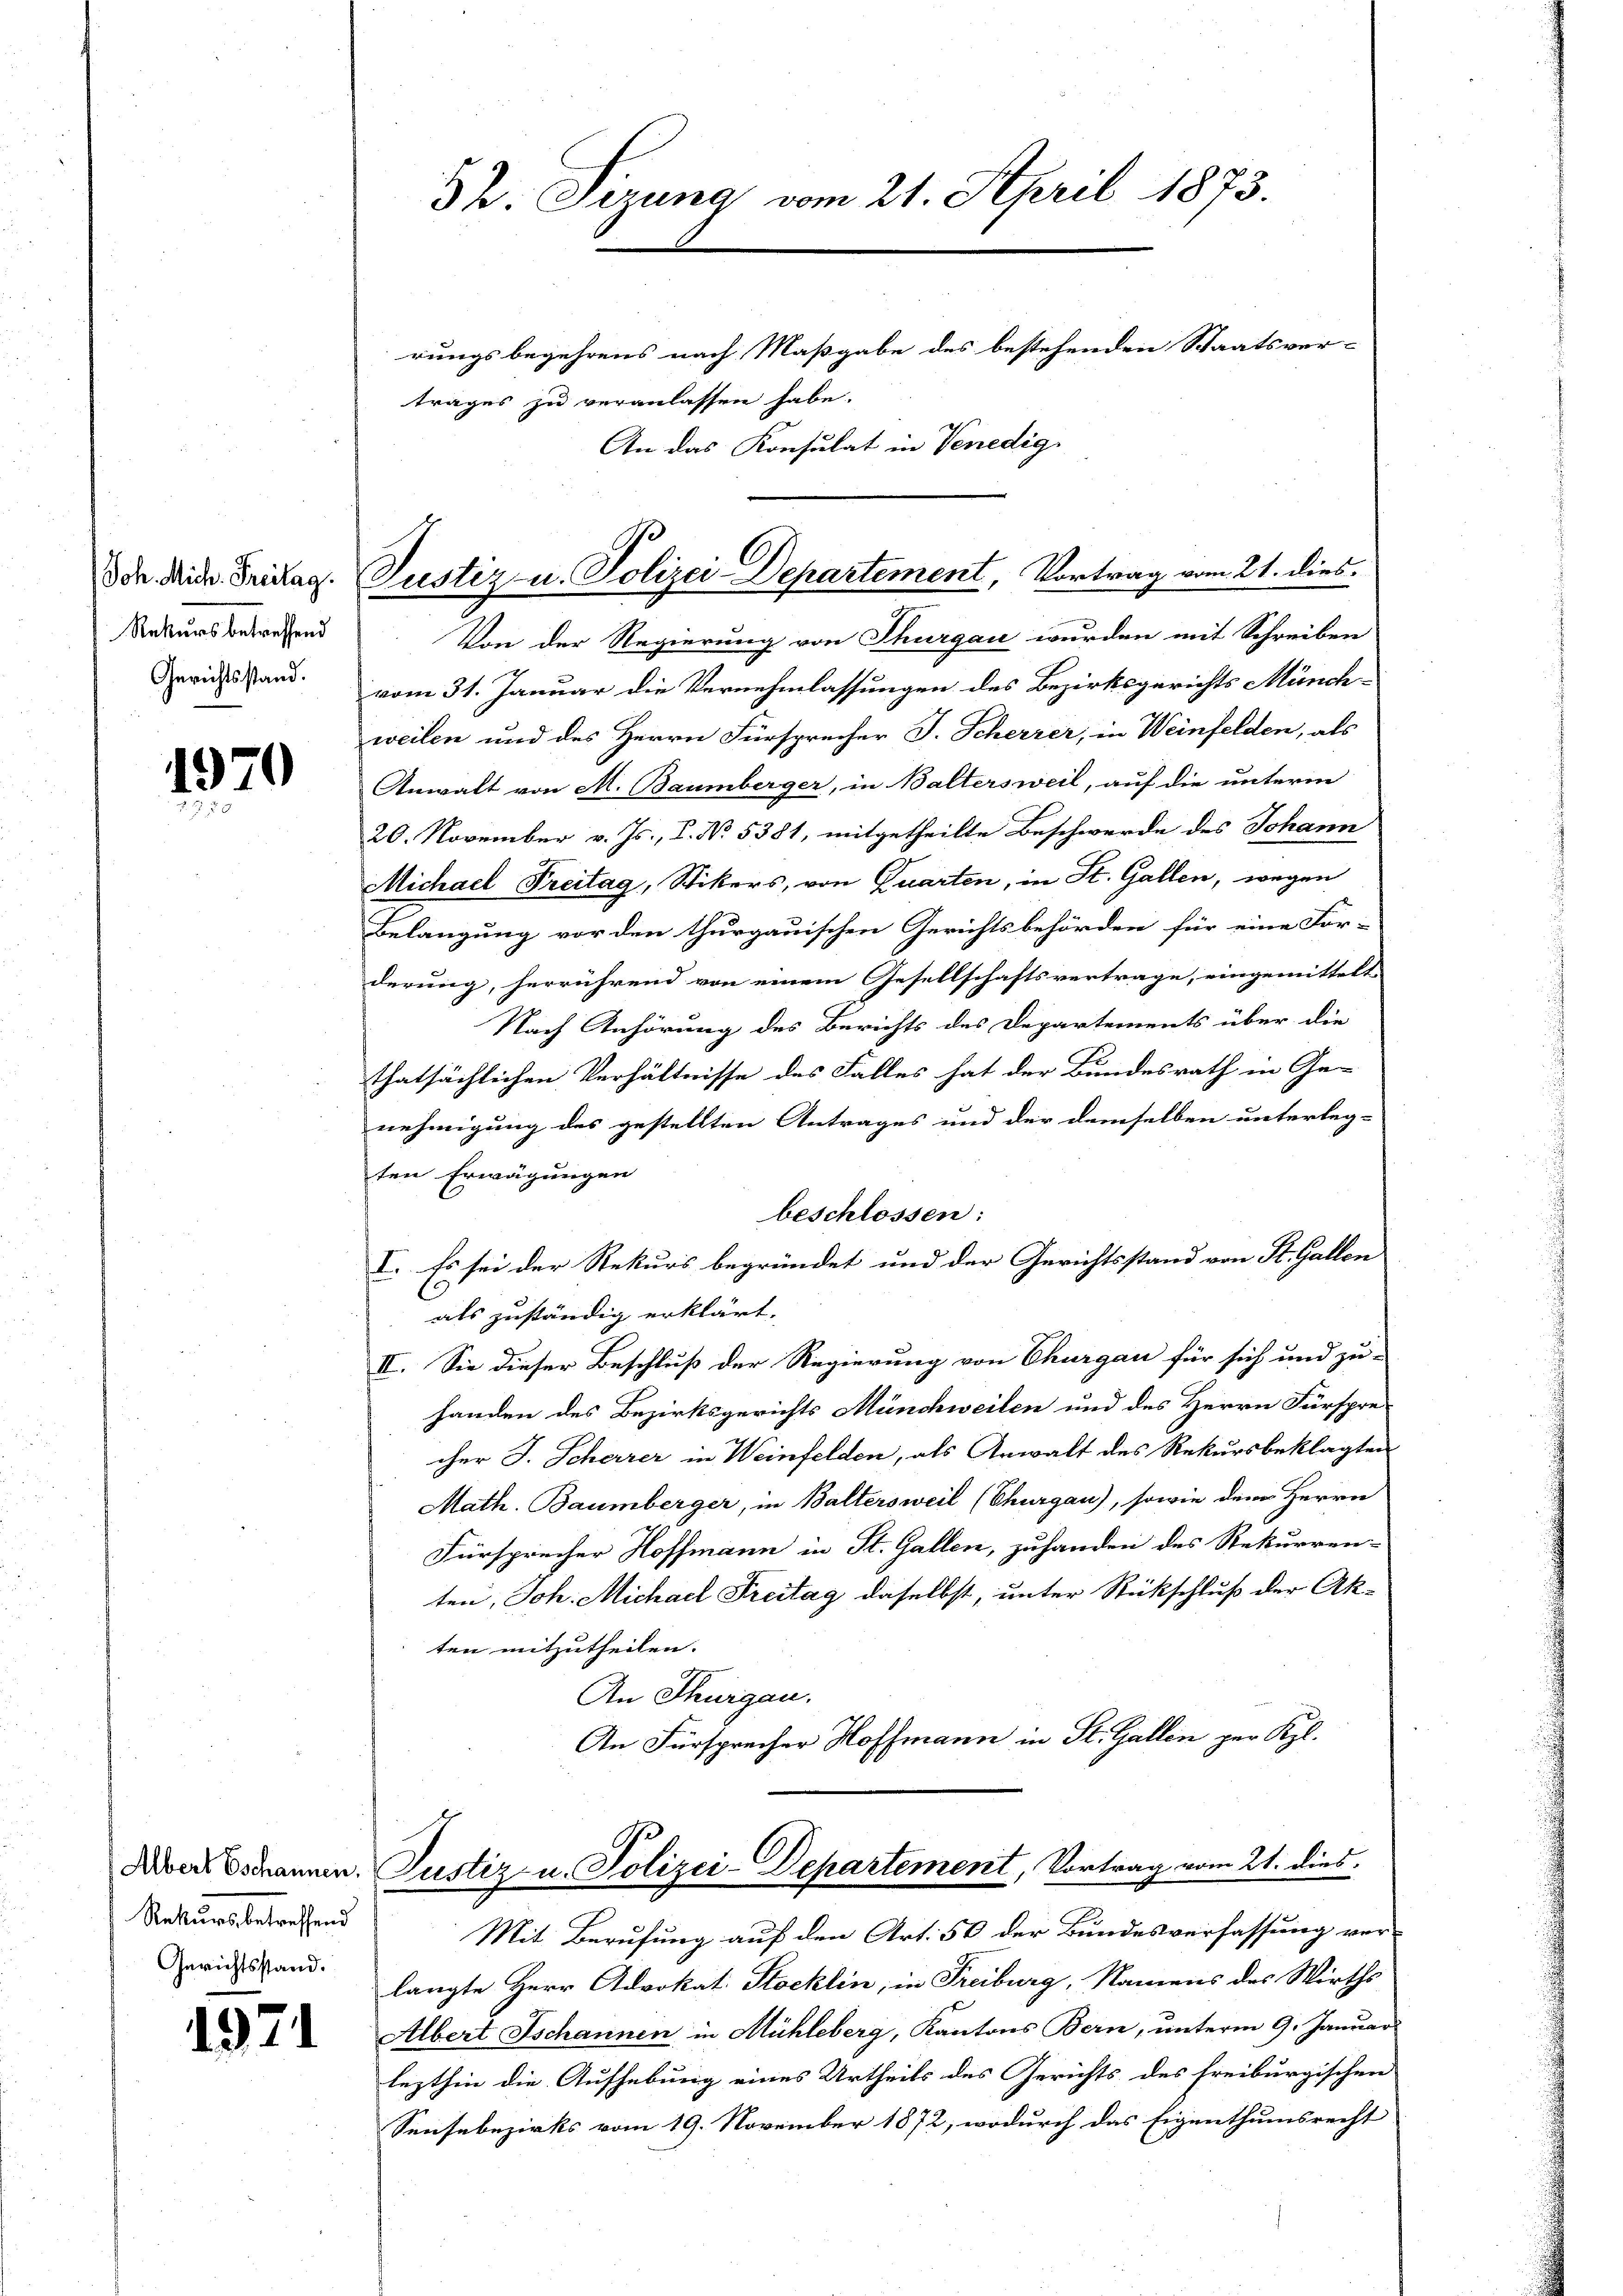
Rekurs betreffend
Gerichtsstand.

1979

Rekurs betreffend
Gerichtsstand.

1971

Dr. Sizung vom 21. April 1873.
rungsbegehrens nach Maßgabe des bestehenden Staatsver-
trages zu veranlassen habe.

An das Konsulat in Venedig

Von der Regierung von Thurgau wurden mit Schreiben
vom 31. Januar die Vernehmlassungen des Bezirksgerichts Münchweilen und des Herrn Fürsprecher J. Scherrer, in Weinfelden, als
Anwalt von M. Baumberger, in Baltersweil, auf die unterm
20. November v. Js., L. No. 5381, mitgetheilte Beschwerde des Johann
Michael Preitag, Stikers, von Quarten, in St. Gallen, wegen
Belangung vor den thurgauischen Gerichtsbehörden für eine For-
derung, herrührend von einem Gesellschaftsvertrage, eingemittelt
Nach Anhörung des Berichts des Departements über die
thatsächlichen Verhältnisse des Falles hat der Bundesrath in Ge-
nehmigung des gestellten Antrages und der demselben unterleg-
ten Erwägungen
beschlossen:
I. Es sei der Rekurs begründet und der Gerichtsstand von St. Gallen
als zuständig erklärt.
II. Sie dieser Beschluß der Regierung von Thurgau für sich und zu-
handen des Bezirksgerichts Münchweilen und des Herrn Fürspre-
cher J. Scherrer in Weinfelden, als Anwalt des Rekursbeklagten
Math. Baumberger, in Baltersweil (Thurgau), sowie dem Herrn
Fürsprecher Hoffmann in St. Gallen, zuhanden des Rekurren-
ten, Joh. Michael Freitag daselbst, unter Rückschluß der Akten mitzutheilen.
An Thurgau.
An Fürsprecher Hoffmann in St. Gallen per Kgl.
Aversannen. Justiz u. Polizei-Departement, Vortrag vom 21. dies
Mit Berufung auf den Art. 50 der Bundesverfassung verlangte Herr Advokat Stocklin, in Freiburg, Namens des Wirths
Albert Ischannen in Mühleberg, Kantons Bern, unterm 9. Januar
lezthin die Aufhebung eines Urtheils des Gerichts des freiburgischen
Sensebezirks vom 19. November 1872, wodurch das Eigenthumsrecht

Den Mit Fristag. Justiz u. Polizei-Departement, Vortrag vom 21. dies